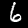
Label: 6